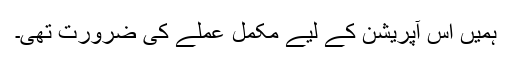
ہمیں اس آپریشن کے لیے مکمل عملے کی ضرورت تھی۔